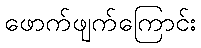
ဖောက်ဖျက်ကြောင်း